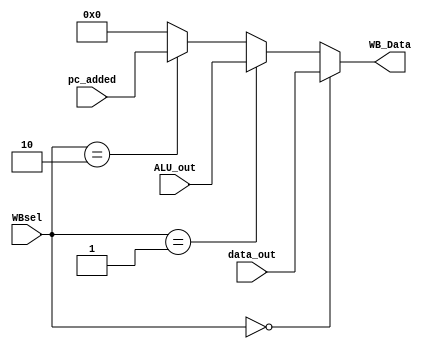
module wb_sel (
    input [1:0] WBsel,
    input [31:0] ALU_out, data_out, pc_added,
    output [31:0] WB_Data
);
    //WB param
    localparam data_mem_sel = 2'b00;
    localparam alu_out_sel = 2'b01;
    localparam pc_addr_sel = 2'b10;
    localparam no_WB = 2'b11;
    
    assign WB_Data = (WBsel == data_mem_sel) ? data_out :
                     (WBsel == alu_out_sel) ? ALU_out : 
                     (WBsel == pc_addr_sel) ? pc_added : 32'b0;
endmodule